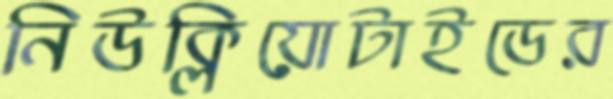
নিউক্লিয়োটাইডের